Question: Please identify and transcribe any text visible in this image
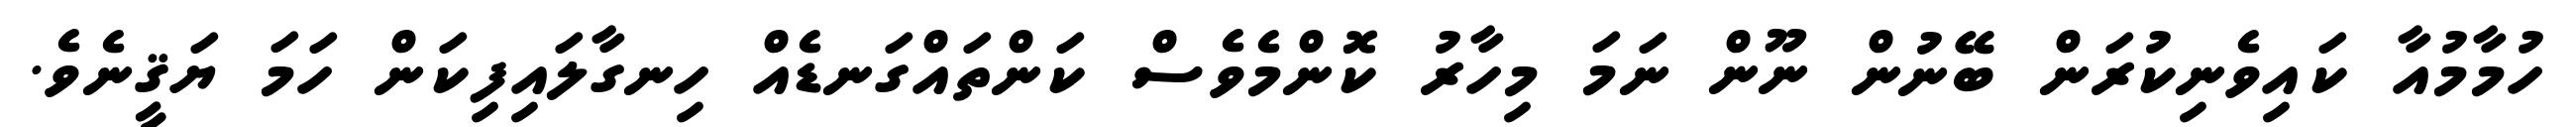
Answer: ހުމާމުއާ ކައިވެނިކުރަން ބޭނުން ނޫން ނަމަ މިހާރު ކޮންމެވެސް ކަންތައްގަނޑެއް ހިނގާލައިފިކަން ހަމަ ޔަޤީނެވެ.